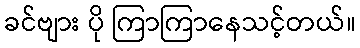
ခင်ဗျား ပို ကြာကြာနေသင့်တယ်။